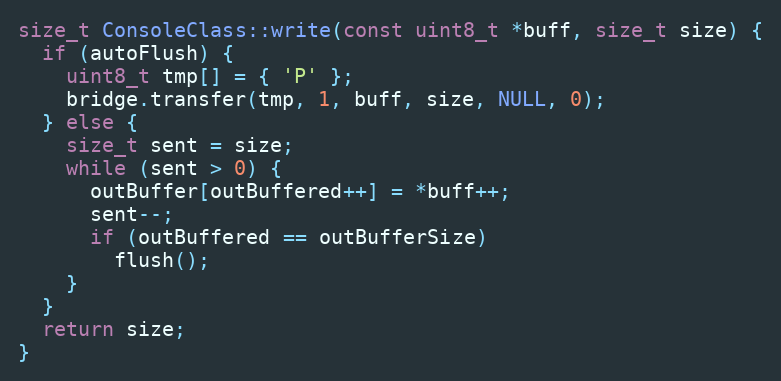
Language: C++
size_t ConsoleClass::write(const uint8_t *buff, size_t size) {
  if (autoFlush) {
    uint8_t tmp[] = { 'P' };
    bridge.transfer(tmp, 1, buff, size, NULL, 0);
  } else {
    size_t sent = size;
    while (sent > 0) {
      outBuffer[outBuffered++] = *buff++;
      sent--;
      if (outBuffered == outBufferSize)
        flush();
    }
  }
  return size;
}